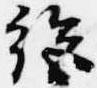
絶